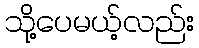
သို့ပေမယ့်လည်း